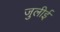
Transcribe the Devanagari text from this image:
जुलीई